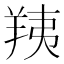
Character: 羠